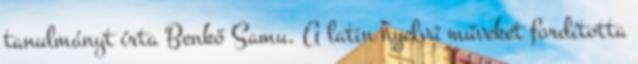
tanulmányt írta Benkő Samu. A latin nyelvű műveket fordította